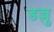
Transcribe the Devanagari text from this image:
डल्लु